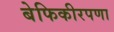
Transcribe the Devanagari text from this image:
बेफिकीरपणा